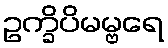
ဥက္ခိပိမမ္ဗရေ